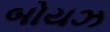
બોયઝ